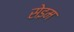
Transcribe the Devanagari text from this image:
सेइम